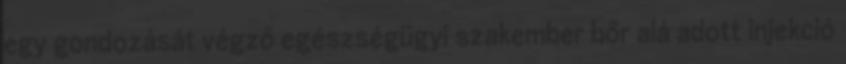
egy gondozását végző egészségügyi szakember bőr alá adott injekció